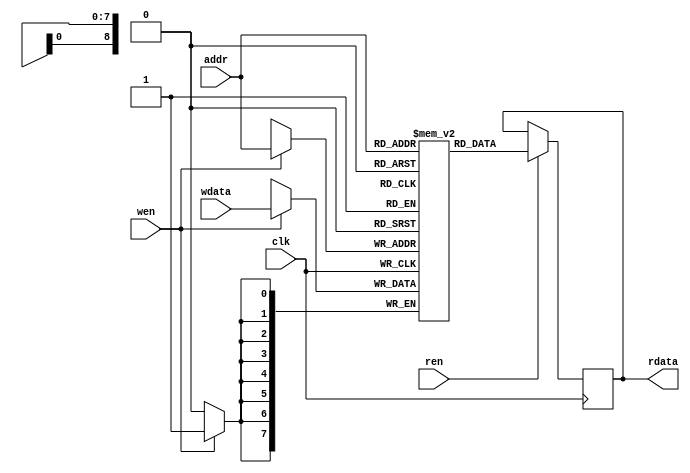
module memory_block (
        input clk, wen, ren, 
        input [8:0] addr,
        input [7:0] wdata,
        output reg [7:0] rdata
);
	reg [7:0] mem [0:511];
	
	wire [7:0] contents = mem[0];
	
	always @(posedge clk) begin
		if (wen)
			mem[addr] <= wdata;
		if (ren)
			rdata <= mem[addr];
	end
endmodule